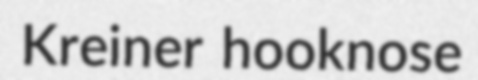
Kreiner hooknose